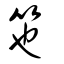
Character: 竾